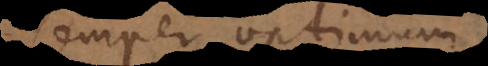
semper optimum